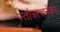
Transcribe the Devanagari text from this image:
स्तोत्ररचनेवर